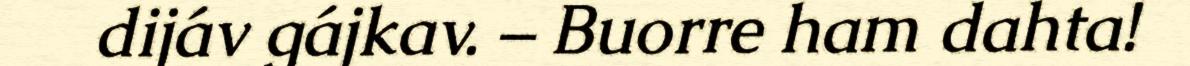
dijáv gájkav. – Buorre ham dahta!